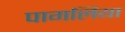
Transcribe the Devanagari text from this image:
पागलिया